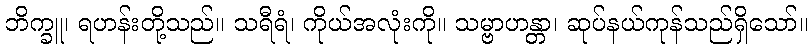
ဘိက္ခူ၊ ရဟန်းတို့သည်။ သရီရံ၊ ကိုယ်အလုံးကို။ သမ္ဗာဟန္တာ၊ ဆုပ်နယ်ကုန်သည်ရှိသော်။